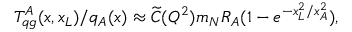
T _ { q g } ^ { A } ( x , x _ { L } ) / q _ { A } ( x ) \approx \widetilde { C } ( Q ^ { 2 } ) m _ { N } R _ { A } ( 1 - e ^ { - x _ { L } ^ { 2 } / x _ { A } ^ { 2 } } ) ,